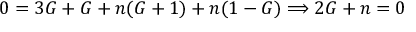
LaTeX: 0 = 3 G + G + n ( G + 1 ) + n ( 1 - G ) \Longrightarrow 2 G + n = 0